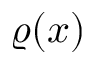
\varrho ( x )